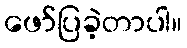
ဖော်ပြခဲ့တာပါ။